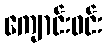
ကျောင်းဝင်း